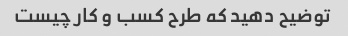
توضیح دهید که طرح کسب و کار چیست